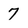
Character: 7